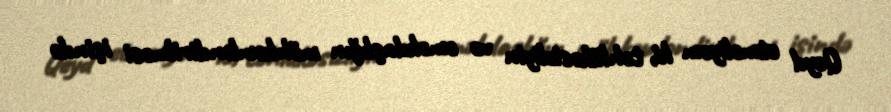
Qeyd etməliyəm ki, təhlükəsizliyin və əməkdaşlığın möhkəmləndirilməsi işində